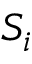
S _ { i }